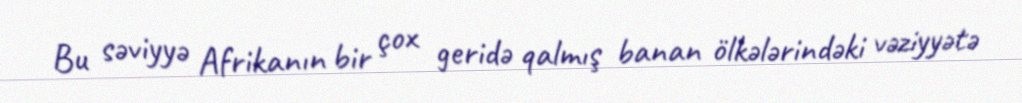
Bu səviyyə Afrikanın bir çox geridə qalmış banan ölkələrindəki vəziyyətə